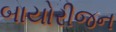
બાયોરીજન